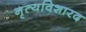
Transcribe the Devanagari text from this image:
नृत्यविशारद